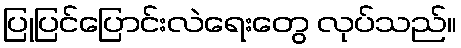
ပြုပြင်ပြောင်းလဲရေးတွေ လုပ်သည်။